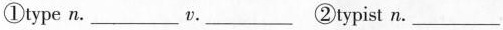
①type n. ___ v. ___ ②typist n. ___